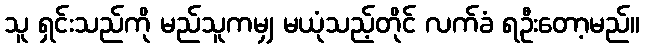
သူ ရှင်းသည်ကို မည်သူကမျှ မယုံသည့်တိုင် လက်ခံ ရဦးတော့မည်။